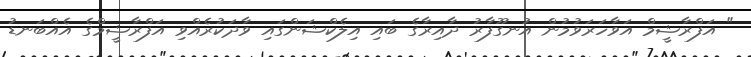
" އަފްރާޝީމް އަވާހަރަވުމުން އުނގޫފާރު ދާއިރާގެ ބައި އިލެކްޝަންގައި ވާދަކުރެއްވި އަފްރާޝީމްގެ އެއްބަނޑު